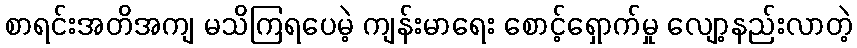
စာရင်းအတိအကျ မသိကြရပေမဲ့ ကျန်းမာရေး စောင့်ရှောက်မှု လျော့နည်းလာတဲ့